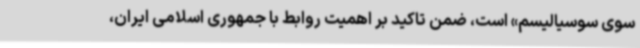
سوی سوسیالیسم» است، ضمن تاکید بر اهمیت روابط با جمهوری اسلامی ایران،